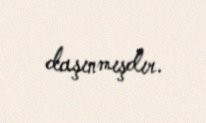
daşınmışdır.